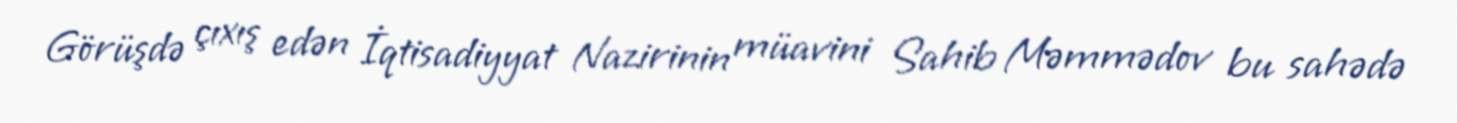
Görüşdə çıxış edən İqtisadiyyat Nazirinin müavini Sahib Məmmədov bu sahədə